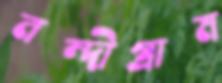
নন্দীগ্রাম